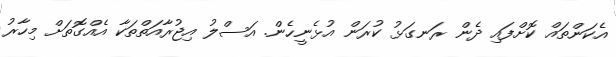
އެކަންތައް ކޮށްފައި ދެން ރަނގަޅު ކުރަން އުޅެނީހެން. އަސްލު އިޖުރާއަތްތަކާ އެއްގޮތަށް މިހާރު